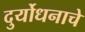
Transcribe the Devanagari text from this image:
दुर्योधनाचे